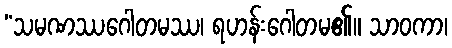
“သမဏဿဂေါတမဿ၊ ရဟန်းဂေါတမ၏။ သာဝကာ၊